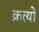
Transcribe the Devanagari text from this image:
क्रत्यों